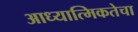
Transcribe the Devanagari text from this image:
आध्यात्मिकतेचा